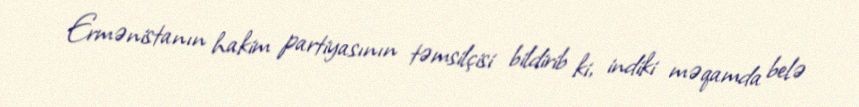
Ermənistanın hakim partiyasının təmsilçisi bildirib ki, indiki məqamda belə